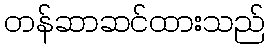
တန်ဆာဆင်ထားသည်